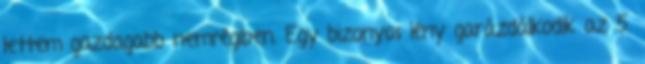
lettem gazdagabb nemrégiben. Egy bizonyos lény garázdálkodik az 5.